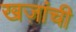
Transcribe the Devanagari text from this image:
खज़ांची